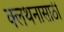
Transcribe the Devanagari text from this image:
क्लथनासाठी